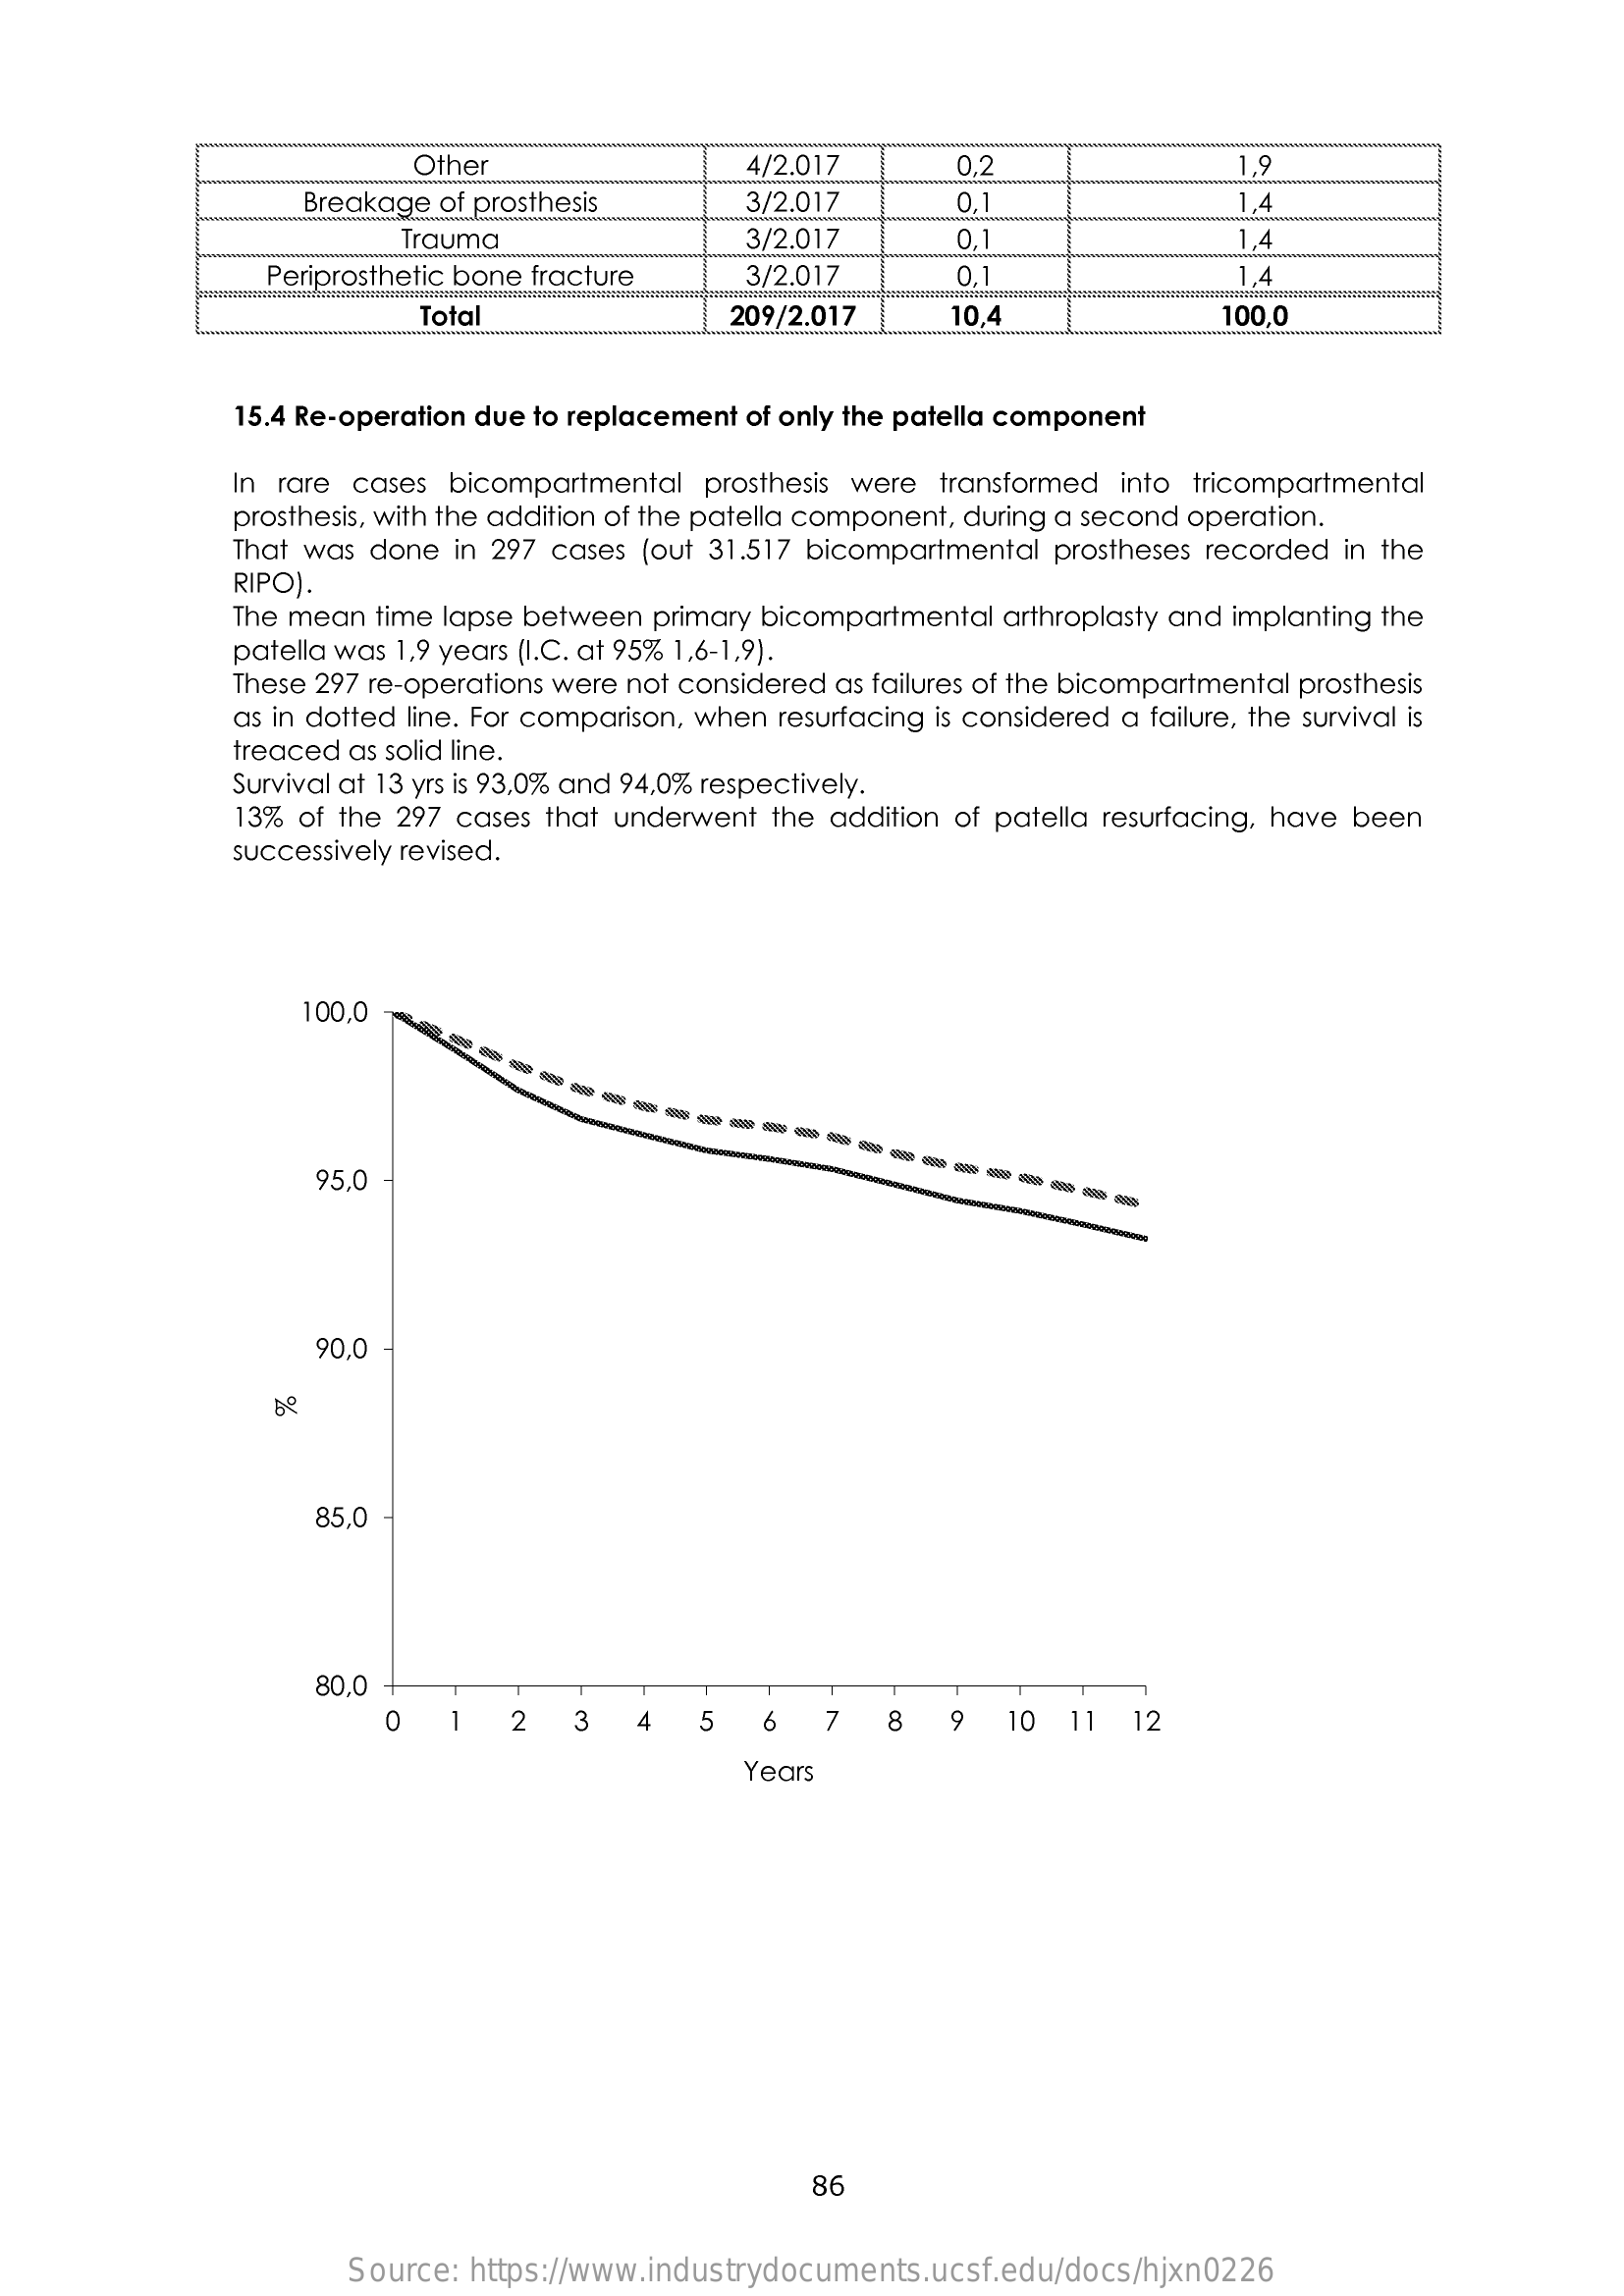
Other    4/2.017    0,2    1,9
     Breakage of prosthesis    3/2.017    0,
     Trauma    3/2.017    0,1    4
     Periprosthetic bone fracture   3/2.017    0,1    1.4
     Total    209/2.017    10,4    100,0
     15.4 Re-operation due to replacement of only the patella component
     In rare cases bicompartmental prosthesis were transformed into tricompartmental
     prosthesis, with the addition of the patella component, during a second operation.
     That was done in 297 cases (out 31.517 bicompartmental prostheses recorded in the
     RIPO).
     The mean time lapse between primary bicompartmental arthroplasty and implanting the
     patella was 1,9 years (I.C. at 95% 1,6-1,9).
     These 297 re-operations were not considered as failures of the bicompartmental prosthesis
     as in dotted line. For comparison, when resurfacing is considered a failure, the survival is
     treaced as solid line.
     Survival at 13 yrs is 93,0% and 94,0% respectively.
     13% of the 297 cases that underwent the addition of patella resurfacing, have been
     successively revised.
     100,0
     --------
     --------------
     95.0
     90,0
     85,0
     80,0
     0    1   2   3   4   5   6   7   8   9   10  11  12
     Years
     86
     Source: https://www.industrydocuments.ucsf.edu/docs/hjxn0226